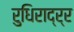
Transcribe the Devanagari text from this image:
रुधिराद्र्र